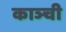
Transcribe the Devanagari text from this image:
काञ्ची